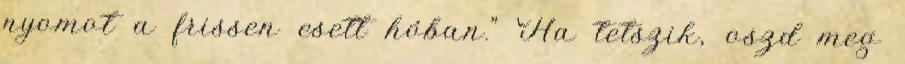
nyomot a frissen esett hóban." Ha tetszik, oszd meg